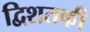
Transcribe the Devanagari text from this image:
द्विशतकी